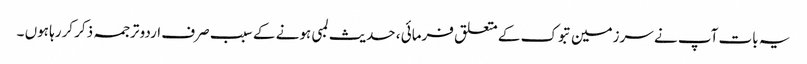
یہ بات آپ نے سرزمین تبوک کے متعلق فرمائی ، حدیث لمبی ہونے کے سبب صرف اردو ترجمہ ذکر کررہا ہوں ۔